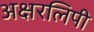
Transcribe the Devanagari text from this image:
अक्षरलिपी